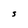
Character: S